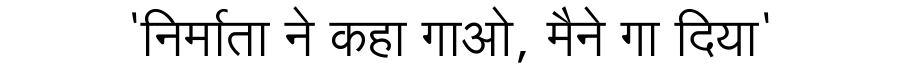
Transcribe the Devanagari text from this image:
'निर्माता ने कहा गाओ, मैने गा दिया'